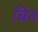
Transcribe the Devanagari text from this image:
बिन